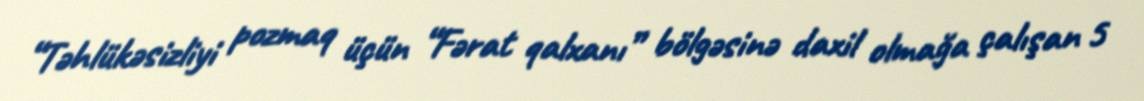
“Təhlükəsizliyi pozmaq üçün “Fərat qalxanı” bölgəsinə daxil olmağa çalışan 5